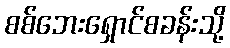
စစ်ဘေးရှောင်စခန်းသို့